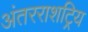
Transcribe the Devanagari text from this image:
अंतरराशट्रिय